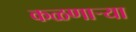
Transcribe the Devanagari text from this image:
कळणार्‍या